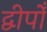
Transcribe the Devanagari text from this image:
द्वीपोँ